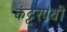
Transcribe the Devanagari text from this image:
कंट्टरपंथी